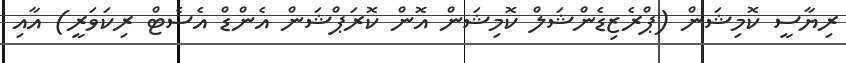
ރިޔާސީ ކޮމިޝަން (ޕްރެޒިޑެންޝަލް ކޮމިޝަން އޮން ކޮރަޕްޝަން އެންޑް އެސެޓް ރިކަވަރީ) އާއި